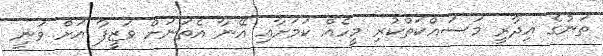
ތަނުގެ އިދާރީ މަސައްކަތްކުރި މީހެއް ކަމަށާއި އޭނާ އެތަނަށް ވަޒީފާ އަށް ވަނީ